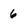
Character: 6